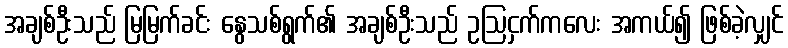
အချစ်ဦးသည် မြမြက်ခင်း နွေသစ်ရွက်၏ အချစ်ဦးသည် ဥဩငှက်ကလေး အကယ်၍ ဖြစ်ခဲ့လျှင်